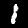
Label: 1